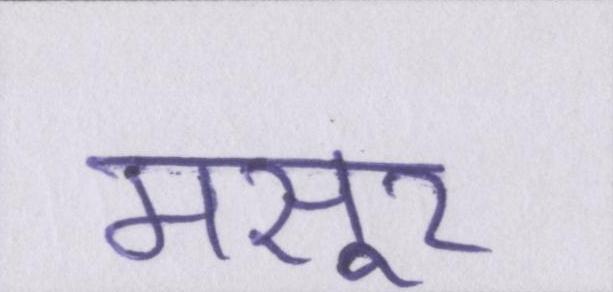
मसूर